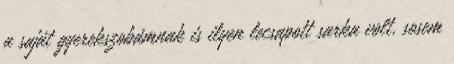
a saját gyerekszobámnak is ilyen lecsapott sarka volt, sosem